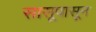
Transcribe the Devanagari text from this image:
सासूपासून